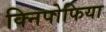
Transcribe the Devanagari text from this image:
क्निपोफिया